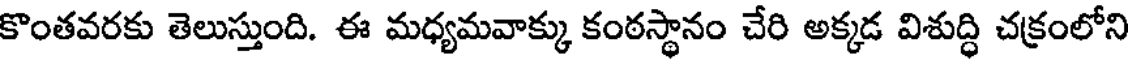
కొంతవరకు తెలుస్తుంది. ఈ మధ్యమవాక్కు కంఠస్థానం చేరి అక్కడ విశుద్ధి చక్రంలోని